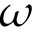
\omega